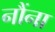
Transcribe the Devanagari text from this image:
नौंना